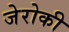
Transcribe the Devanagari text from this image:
जेरोकी